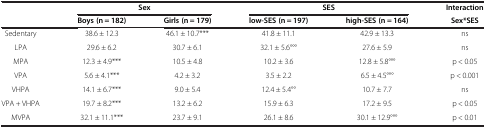
<table><thead><tr><td><b> </b></td><td colspan="2"><b>Sex</b></td><td colspan="2"><b>SES</b></td><td><b>Interaction</b></td></tr><tr><td><b> </b></td><td><b>Boys (n = 182)</b></td><td><b>Girls (n = 179)</b></td><td><b>low-SES (n = 197)</b></td><td><b>high-SES (n = 164)</b></td><td><b>Sex*SES</b></td></tr></thead><tbody><tr><td>Sedentary</td><td>38.6 ± 12.3</td><td>46.1 ± 10.7***</td><td>41.8 ± 11.1</td><td>42.9 ± 13.3</td><td>ns</td></tr><tr><td>LPA</td><td>29.6 ± 6.2</td><td>30.7 ± 6.1</td><td>32.1 ± 5.6°°°</td><td>27.6 ± 5.9</td><td>ns</td></tr><tr><td>MPA</td><td>12.3 ± 4.9***</td><td>10.5 ± 4.8</td><td>10.2 ± 3.6</td><td>12.8 ± 5.8°°°</td><td>p &lt; 0.05</td></tr><tr><td>VPA</td><td>5.6 ± 4.1***</td><td>4.2 ± 3.2</td><td>3.5 ± 2.2</td><td>6.5 ± 4.5°°°</td><td>p &lt; 0.001</td></tr><tr><td>VHPA</td><td>14.1 ± 6.7***</td><td>9.0 ± 5.4</td><td>12.4 ± 5.4°°</td><td>10.7 ± 7.7</td><td>ns</td></tr><tr><td>VPA + VHPA</td><td>19.7 ± 8.2***</td><td>13.2 ± 6.2</td><td>15.9 ± 6.3</td><td>17.2 ± 9.5</td><td>p &lt; 0.05</td></tr><tr><td>MVPA</td><td>32.1 ± 11.1***</td><td>23.7 ± 9.1</td><td>26.1 ± 8.6</td><td>30.1 ± 12.9°°°</td><td>p &lt; 0.01</td></tr></tbody></table>